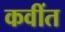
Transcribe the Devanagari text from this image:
कवींत